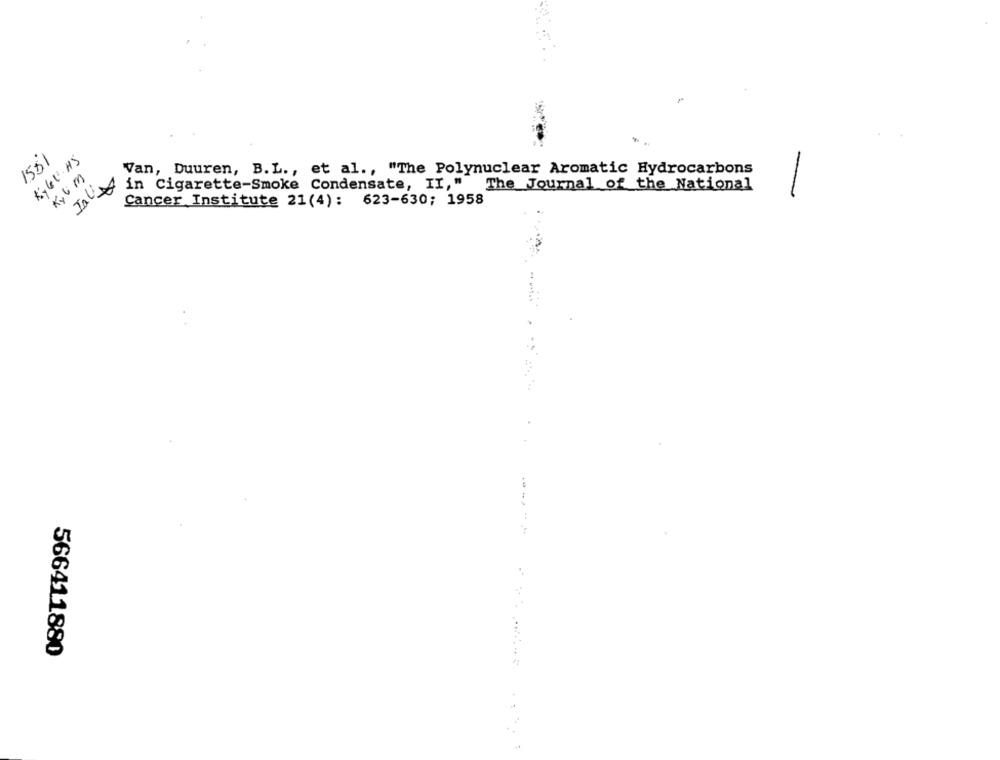
1551
K,GU HS
-
Kyl M
Van, Duuren, B.L ., et al ., "The Polynuclear Aromatic Hydrocarbons
in Cigarette-Smoke Condensate, II, " The Journal of the National
Cancer Institute 21(4): 623-630; 1958
------
566411880